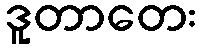
ဒူတာတေး